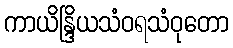
ကာယိန္ဒြိယသံဝရသံဝုတော